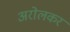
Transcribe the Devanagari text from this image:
अरोलकर